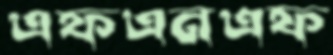
এফএনএফ